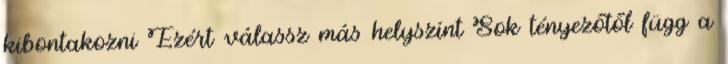
kibontakozni Ezért válassz más helyszínt Sok tényezőtől függ a